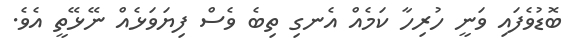
ބޮޑުވެފައި ވަނީ ހުރިހާ ކަމެއް އެނގި ތިބެ ވެސް ފިޔަވަޅެއް ނޭޅޭތީ އެވެ.